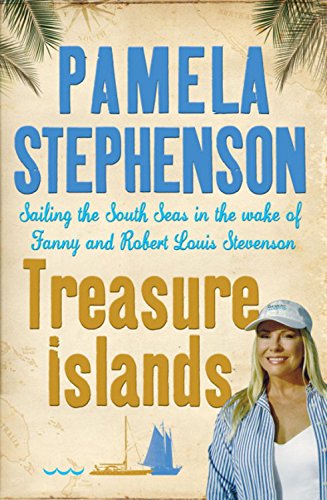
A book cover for Treasure Islands: Sailing the South Seas in the Wake of Fanny and Robert Louis Stevenson; Pamela Stephenson; Biographies & Memoirs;